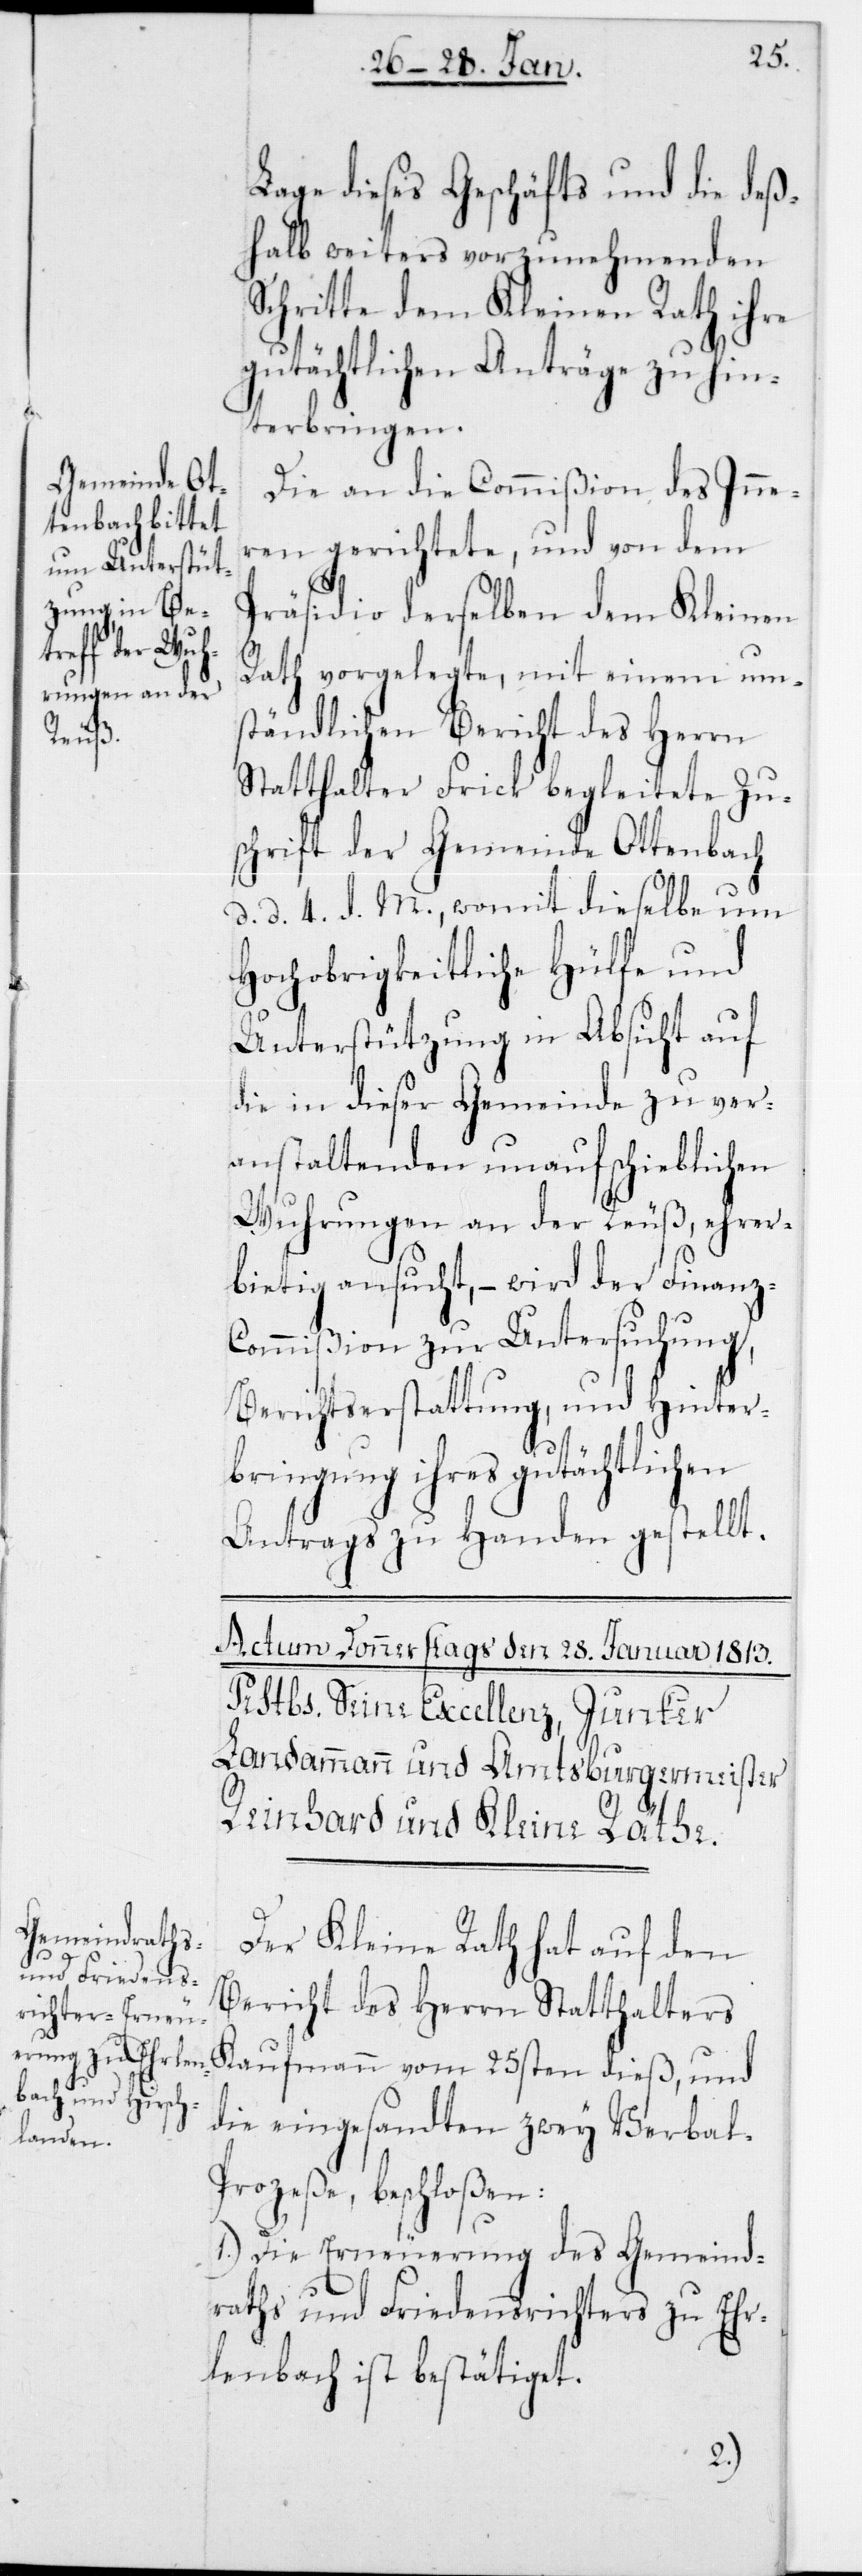
Lage dieses Geschäfts und die deß¬
halb weiters vorzunehmenden
Schritte dem Kleinen Rath ihre
gutächtlichen Anträge zu hin¬
terbringen.
Die an die Commißion des Inne¬
rn gerichtete, und von dem
Präsidio derselben dem Kleinen
Rath vorgelegte, mit einem um¬
ständlichen Bericht des Herrn
Statthalter Frick begleitete Zu¬
schrift der Gemeinde Ottenbach,
d. d. 4. d. M., womit dieselbe um
hochobrigkeitliche Hülfe und
Unterstützung in Absicht auf
die in dieser Gemeinde zu ver¬
anstaltenden unaufschieblichen
Wuhrungen an der Reuß, ehrer¬
bietig ansucht, – wird der Finanz-C¬
ommißion zur Untersuchung,
Berichtserstattung, und Hinter¬
bringung ihres gutächtlichen
Antrags zu Handen gestellt.
Der Kleine Rath hat auf den
Bericht des Herrn Statthalters
Kaufmann vom 25sten dieß, und
die eingesandten zwey Verbal-P¬
rozeße, beschloßen:
1.) Die Erneuerung des Gemeind¬
raths und Friedensrichters zu Er¬
lenbach ist bestätiget.